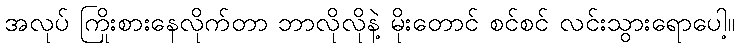
အလုပ် ကြိုးစားနေလိုက်တာ ဘာလိုလိုနဲ့ မိုးတောင် စင်စင် လင်းသွားရောပေါ့။